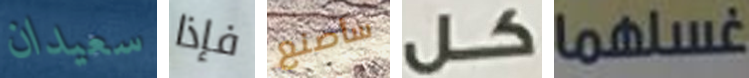
سعيدان فإذا سأصنع كل غسلهما